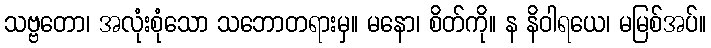
သဗ္ဗတော၊ အလုံးစုံသော သဘောတရားမှ။ မနော၊ စိတ်ကို။ န နိဝါရယေ၊ မမြစ်အပ်။